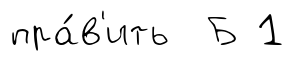
пра́в'ить Б 1